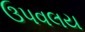
ઉપવલય